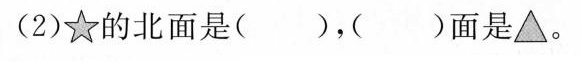
(2)★的北面是( )，( )面是▲。